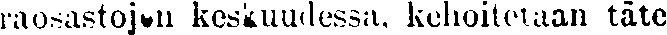
raosastojen keskuudessa, kehoitetaan täte